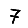
Digit: 7